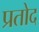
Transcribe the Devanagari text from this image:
प्रतोद